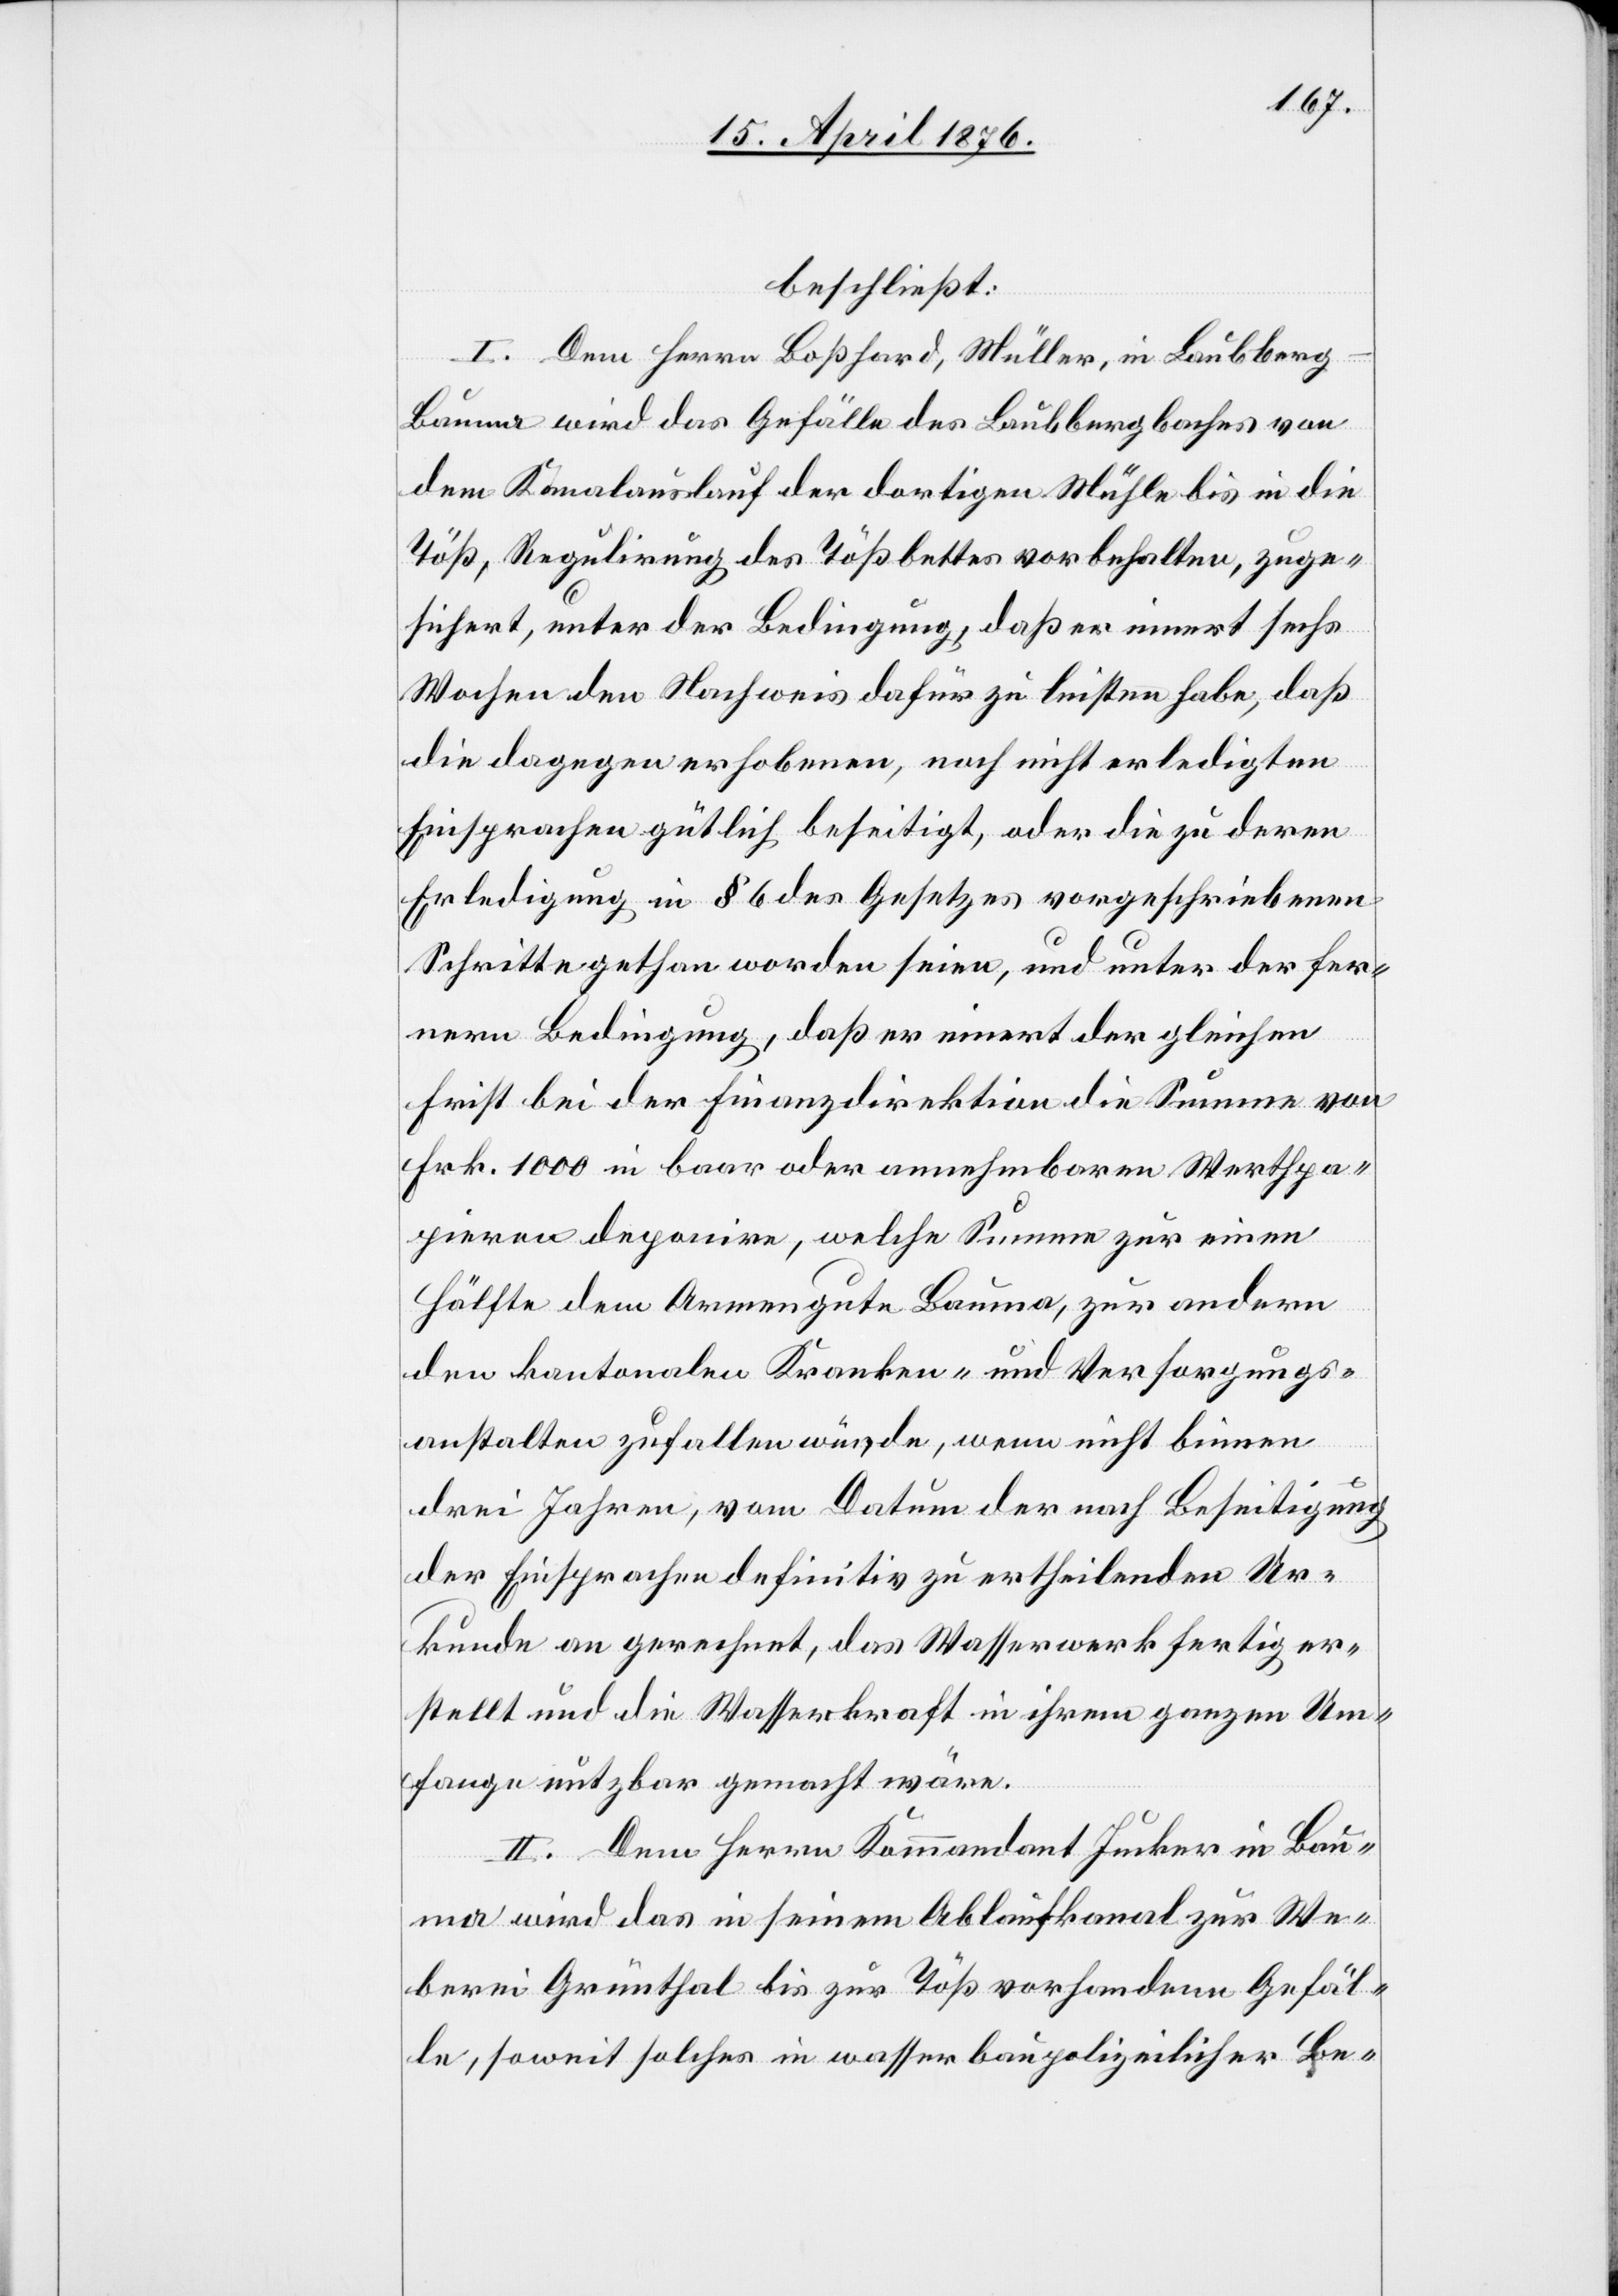
beschließt:
I. Dem Herrn Boßhard, Müller, in Laubberg
Bauma wird das Gefälle des Laubbergbaches von
dem Kanalauslauf der dortigen Mühle bis in die
Töß, Regulirung des Tößbettes vorbehalten, zuge¬
sichert, unter der Bedingung, daß er innert sechs
Wochen den Nachweis dafür zu leisten habe, daß
die dagegen erhobenen, noch nicht erledigten
Einsprachen gütlich beseitigt, oder die zu deren
Erledigung in § 6 des Gesetzes vorgeschriebenen
Schritte gethan worden seien, und unter der fer¬
nern Bedingung, daß er innert der gleichen
Frist bei der Finanzdirektion die Summe von
Frk. 1000 in baar oder annehmbaren Werthpa¬
pieren deponire, welche Summer zur einen
Hälfte dem Armengute Bauma, zur andern
den kantonalen Kranken- und Versorgungs¬
anstalten zufallen würde, wenn nicht binnen
drei Jahren, vom Datum der nach Beseitigung
der Einsprachen definitiv zu ertheilenden Ur¬
kunde an gerechnet, das Wasserwerk fertig er¬
stellt und die Wasserkraft in ihrem ganzen Um¬
fange nutzbar gemacht wäre.
II. Dem Herrn Kommandant Jucker in Bau¬
ma wird das in seinem Ablaufkanal zur We¬
berei Grünthal bis zur Töß vorhandene Gefäl¬
le, soweit solcher in wasserbaupolizeilicher Be-